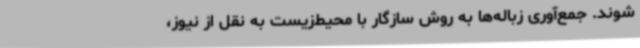
شوند. جمع‌آوری زباله‌ها به روش سازگار با محیط‌زیست به نقل از نیوز،